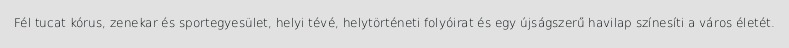
Fél tucat kórus, zenekar és sportegyesület, helyi tévé, helytörténeti folyóirat és egy újságszerű havilap színesíti a város életét.